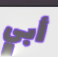
أبي